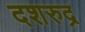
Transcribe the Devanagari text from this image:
दशरुद्र